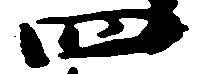
四